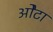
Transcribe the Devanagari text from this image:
ओेटा